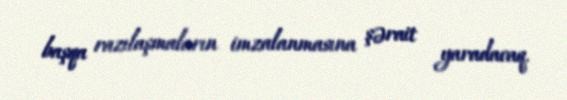
başqa razılaşmaların imzalanmasına şərait yaradacaq.